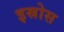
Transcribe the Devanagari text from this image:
इस्रोस